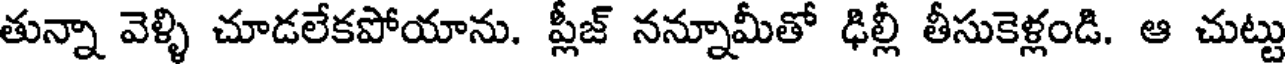
తున్నా వెళ్ళి చూడలేకపోయాను. ప్లీజ్ నన్నూమీతో ఢిల్లీ తీసుకెళ్లండి. ఆ చుట్టు